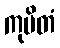
ကုပိတံ